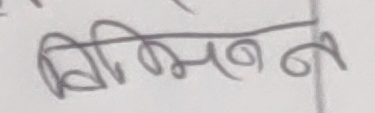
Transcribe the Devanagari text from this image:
विभिन्न